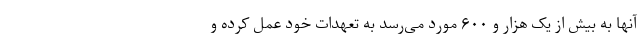
آنها به بیش از یک هزار و ۶۰۰ مورد می‌رسد به تعهدات خود عمل کرده و